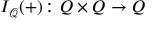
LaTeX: I _ { \mathcal { Q } } ( + ) \colon Q \times Q \to Q